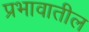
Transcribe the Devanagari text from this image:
प्रभावातील